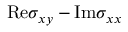
\mathrm { R e } \sigma _ { x y } - \mathrm { I m } \sigma _ { x x }